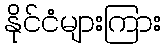
နိုင်ငံများကြား